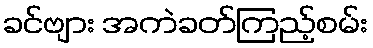
ခင်ဗျား အကဲခတ်ကြည့်စမ်း